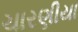
ચારણીયા